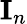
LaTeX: {\textbf{I}}_{n}